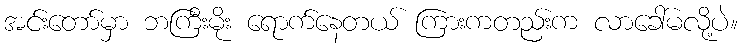
အင်းတော်မှာ ဘကြီးမိုး ရောက်နေတယ် ကြားကတည်းက လာခေါ်မလို့ပဲ။